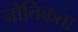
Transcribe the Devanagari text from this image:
नौतिकता